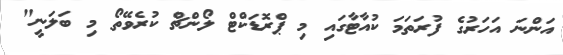
އަންނަ އަހަރުގެ ފުރަތަމަ ކުއާޓާގައި މި ޕްރޮޑަކްޓް ލޯންޗް ކުރެވޭތޯ މި ބަލަނީ"